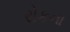
રોકના